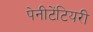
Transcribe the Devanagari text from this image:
पेनीटेंटियरी